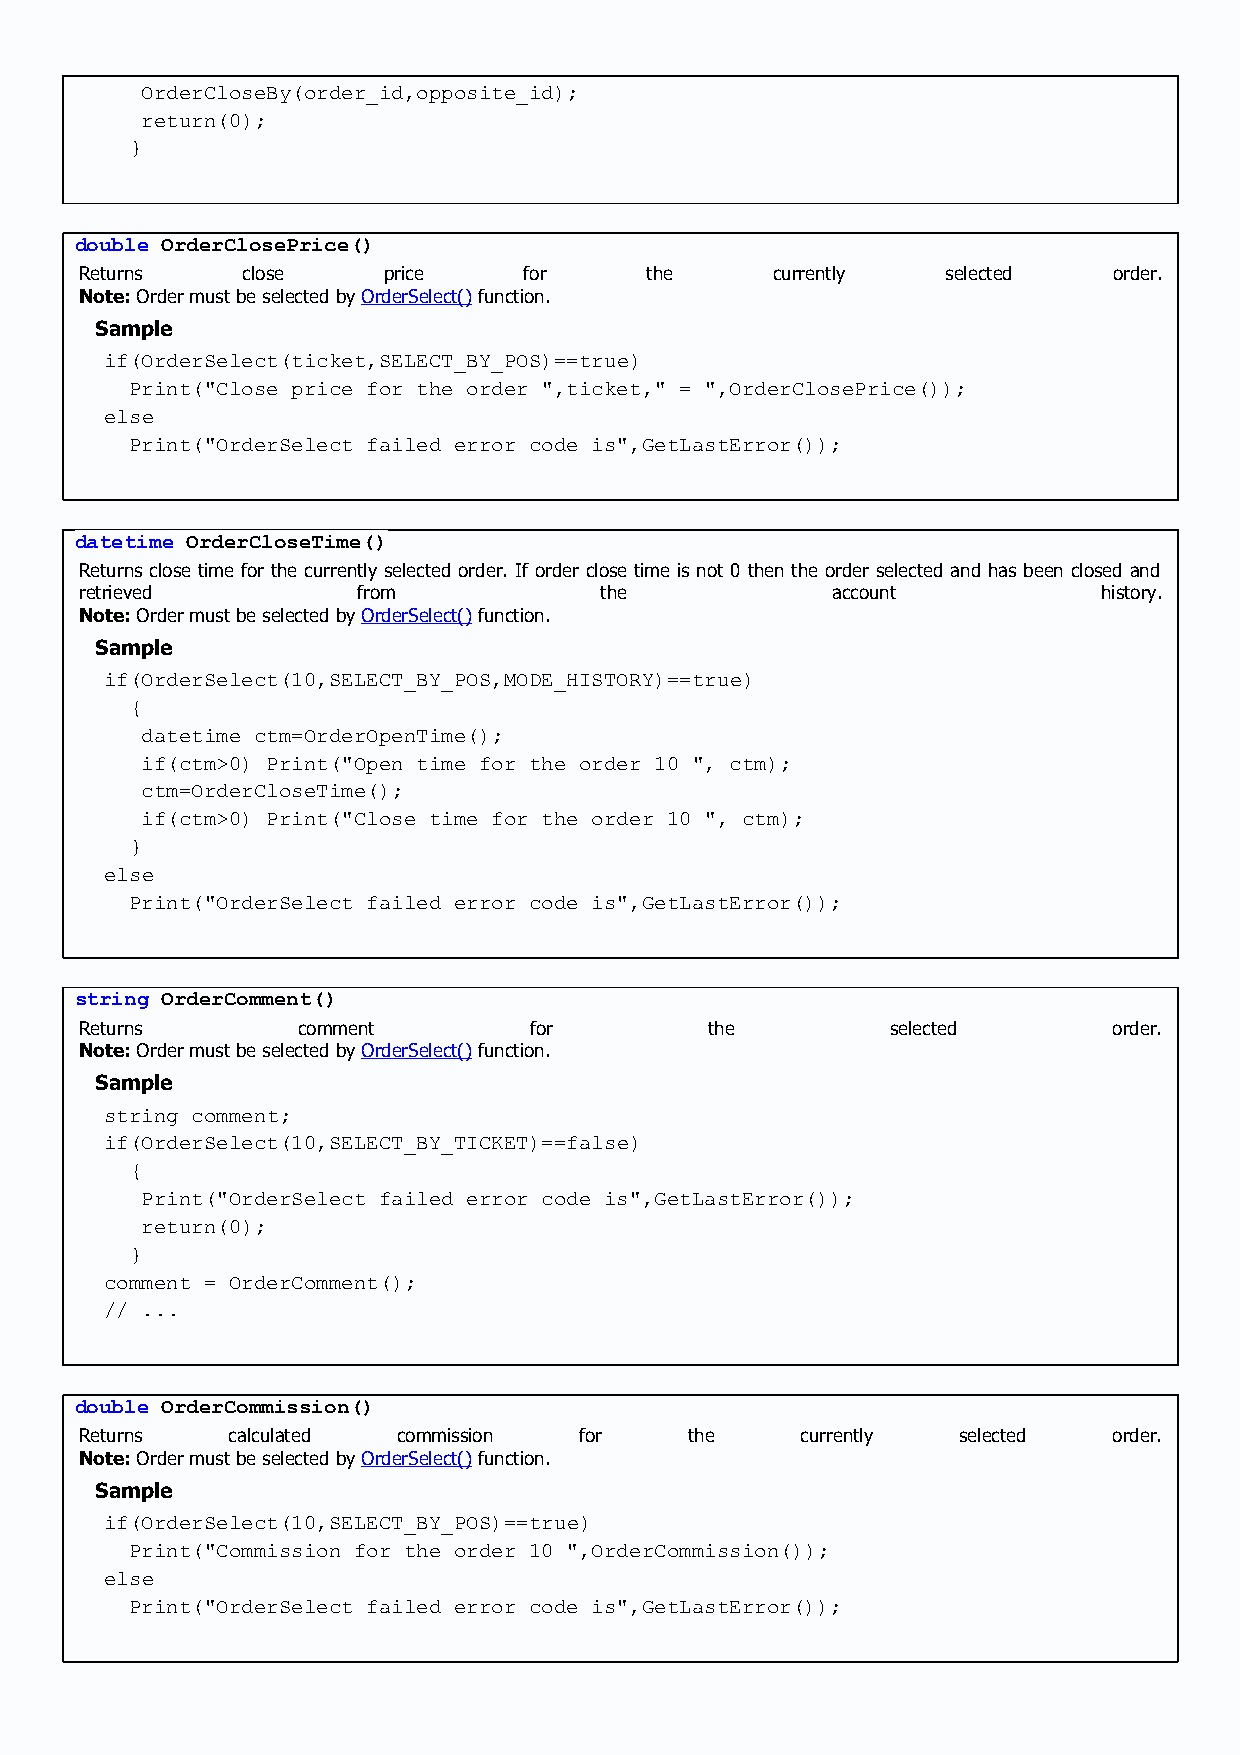
OrderCloseBy(order_id,opposite_id);
 return(0);
 }
 double OrderClosePrice()
 Returns    close    price     for     the     currently   selected   order.
 Note: Order must be selected by OrderSelect() function.
 Sample
 if(OrderSelect(ticket,SELECT_BY_POS)==true)
 Print("Close price for the order ",ticket," = ",OrderClosePrice());
 else
 Print("OrderSelect failed error code is",GetLastError());
 datetime OrderCloseTime()
 Returns close time for the currently selected order. If order close time is not 0 then the order selected and has been closed and
 retrieved          from            the            account           history.
 Note: Order must be selected by OrderSelect() function.
 Sample
 if(OrderSelect(10,SELECT_BY_POS,MODE_HISTORY)==true)
 {
 datetime ctm=OrderOpenTime();
 if(ctm>0) Print("Open time for the order 10 ", ctm);
 ctm=OrderCloseTime();
 if(ctm>0) Print("Close time for the order 10 ", ctm);
 }
 else
 Print("OrderSelect failed error code is",GetLastError());
 string OrderComment()
 Returns        comment        for         the         selected       order.
 Note: Order must be selected by OrderSelect() function.
 Sample
 string comment;
 if(OrderSelect(10,SELECT_BY_TICKET)==false)
 {
 Print("OrderSelect failed error code is",GetLastError());
 return(0);
 }
 comment = OrderComment();
 // ...
 double OrderCommission()
 Returns   calculated commission  for     the    currently selected   order.
 Note: Order must be selected by OrderSelect() function.
 Sample
 if(OrderSelect(10,SELECT_BY_POS)==true)
 Print("Commission for the order 10 ",OrderCommission());
 else
 Print("OrderSelect failed error code is",GetLastError());